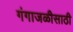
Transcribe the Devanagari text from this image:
गंगाजळीसाठी